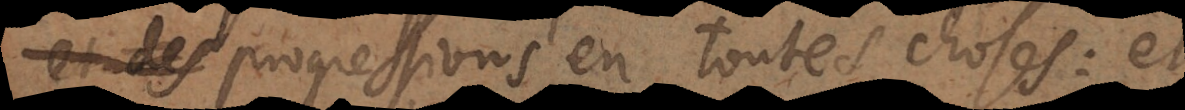
progressions en toutes choses: et